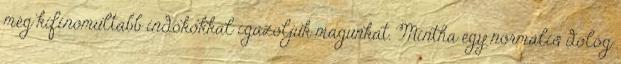
még kifinomultabb indokokkal igazoljuk magunkat. Mintha egy normális dolog